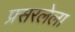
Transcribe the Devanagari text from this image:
प्रसरलेला